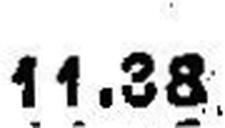
11.38